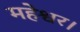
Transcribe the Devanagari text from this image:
महेश्वर।